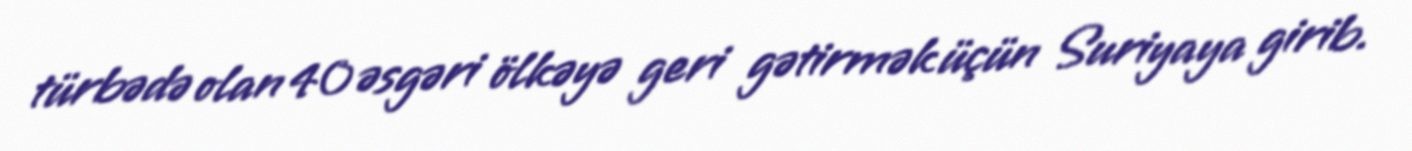
türbədə olan 40 əsgəri ölkəyə geri gətirmək üçün Suriyaya girib.